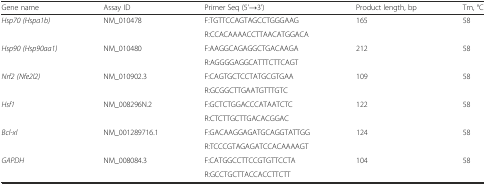
<table><thead><tr><td><b>Gene name</b></td><td><b>Assay ID</b></td><td><b>Primer Seq (5&#x27;→3&#x27;)</b></td><td><b>Product length, bp</b></td><td><b>Tm, °C</b></td></tr></thead><tbody><tr><td rowspan="2"><i>Hsp70 (Hspa1b)</i></td><td>NM_010478</td><td>F:TGTTCCAGTAGCCTGGGAAG</td><td rowspan="2">165</td><td rowspan="2">58</td></tr><tr><td></td><td>R:CCACAAAACCTTAACATGGACA</td></tr><tr><td rowspan="2"><i>Hsp90 (Hsp90aa1)</i></td><td>NM_010480</td><td>F:AAGGCAGAGGCTGACAAGA</td><td rowspan="2">212</td><td rowspan="2">58</td></tr><tr><td></td><td>R:AGGGGAGGCATTTCTTCAGT</td></tr><tr><td rowspan="2"><i>Nrf2 (Nfe2l2)</i></td><td>NM_010902.3</td><td>F:CAGTGCTCCTATGCGTGAA</td><td rowspan="2">109</td><td rowspan="2">58</td></tr><tr><td></td><td>R:GCGGCTTGAATGTTTGTC</td></tr><tr><td><i>Hsf1</i></td><td>NM_008296N.2</td><td>F:GCTCTGGACCCATAATCTC</td><td rowspan="2">122</td><td rowspan="2">58</td></tr><tr><td></td><td></td><td>R:CTCTTGCTTGACACGGAC</td></tr><tr><td><i>Bcl-xl</i></td><td>NM_001289716.1</td><td>F:GACAAGGAGATGCAGGTATTGG</td><td>124</td><td>58</td></tr><tr><td></td><td></td><td>R:TCCCGTAGAGATCCACAAAAGT</td><td></td><td></td></tr><tr><td><i>GAPDH</i></td><td>NM_008084.3</td><td>F:CATGGCCTTCCGTGTTCCTA</td><td rowspan="2">104</td><td rowspan="2">58</td></tr><tr><td></td><td></td><td>R:GCCTGCTTACCACCTTCTT</td></tr></tbody></table>